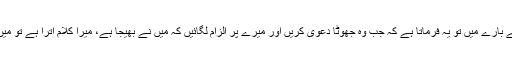
اللہ تعالیٰ نبیوں کے بارے میں تو یہ فرماتا ہے کہ جب وہ جھوٹا دعویٰ کریں اور میرے پر الزام لگائیں کہ مَیں نے بھیجا ہے، میرا کلام اترا ہے تو مَیں ان کو پکڑتا ہوں۔